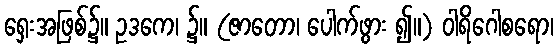
ရှေးအဖြစ်၌။ ဥဒကေ၊ ၌။ (ဇာတော၊ ပေါက်ဖွား ၍။) ဝါရိဂေါစရော၊